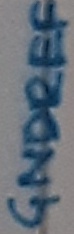
Text: GNDREF